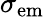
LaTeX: \sigma_{\mathrm{em}}